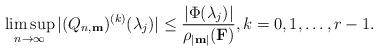
LaTeX: \begin{align*}\limsup_{n \rightarrow \infty} |(Q_{n,\textup{\textbf{m}}})^{(k)}(\lambda_j)|\leq \frac{|\Phi(\lambda_j)|}{\rho_{|\textup{\textbf{m}}|}(\textup{\textbf{F}})}, k=0,1,\ldots,r-1.\end{align*}